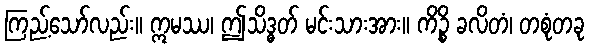
ကြည့်သော်လည်း။ ဣမဿ၊ ဤသိဒ္ဓတ် မင်းသားအား။ ကိဉ္စိ ခလိတံ၊ တစုံတခု